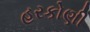
હરકોણી